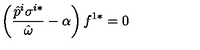
\left( \frac { \hat { p } ^ { i } \sigma ^ { i * } } { \hat { \omega } } - \alpha \right) f ^ { 1 * } = 0